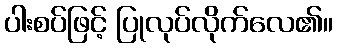
ပါးစပ်ဖြင့် ပြုလုပ်လိုက်လေ၏။